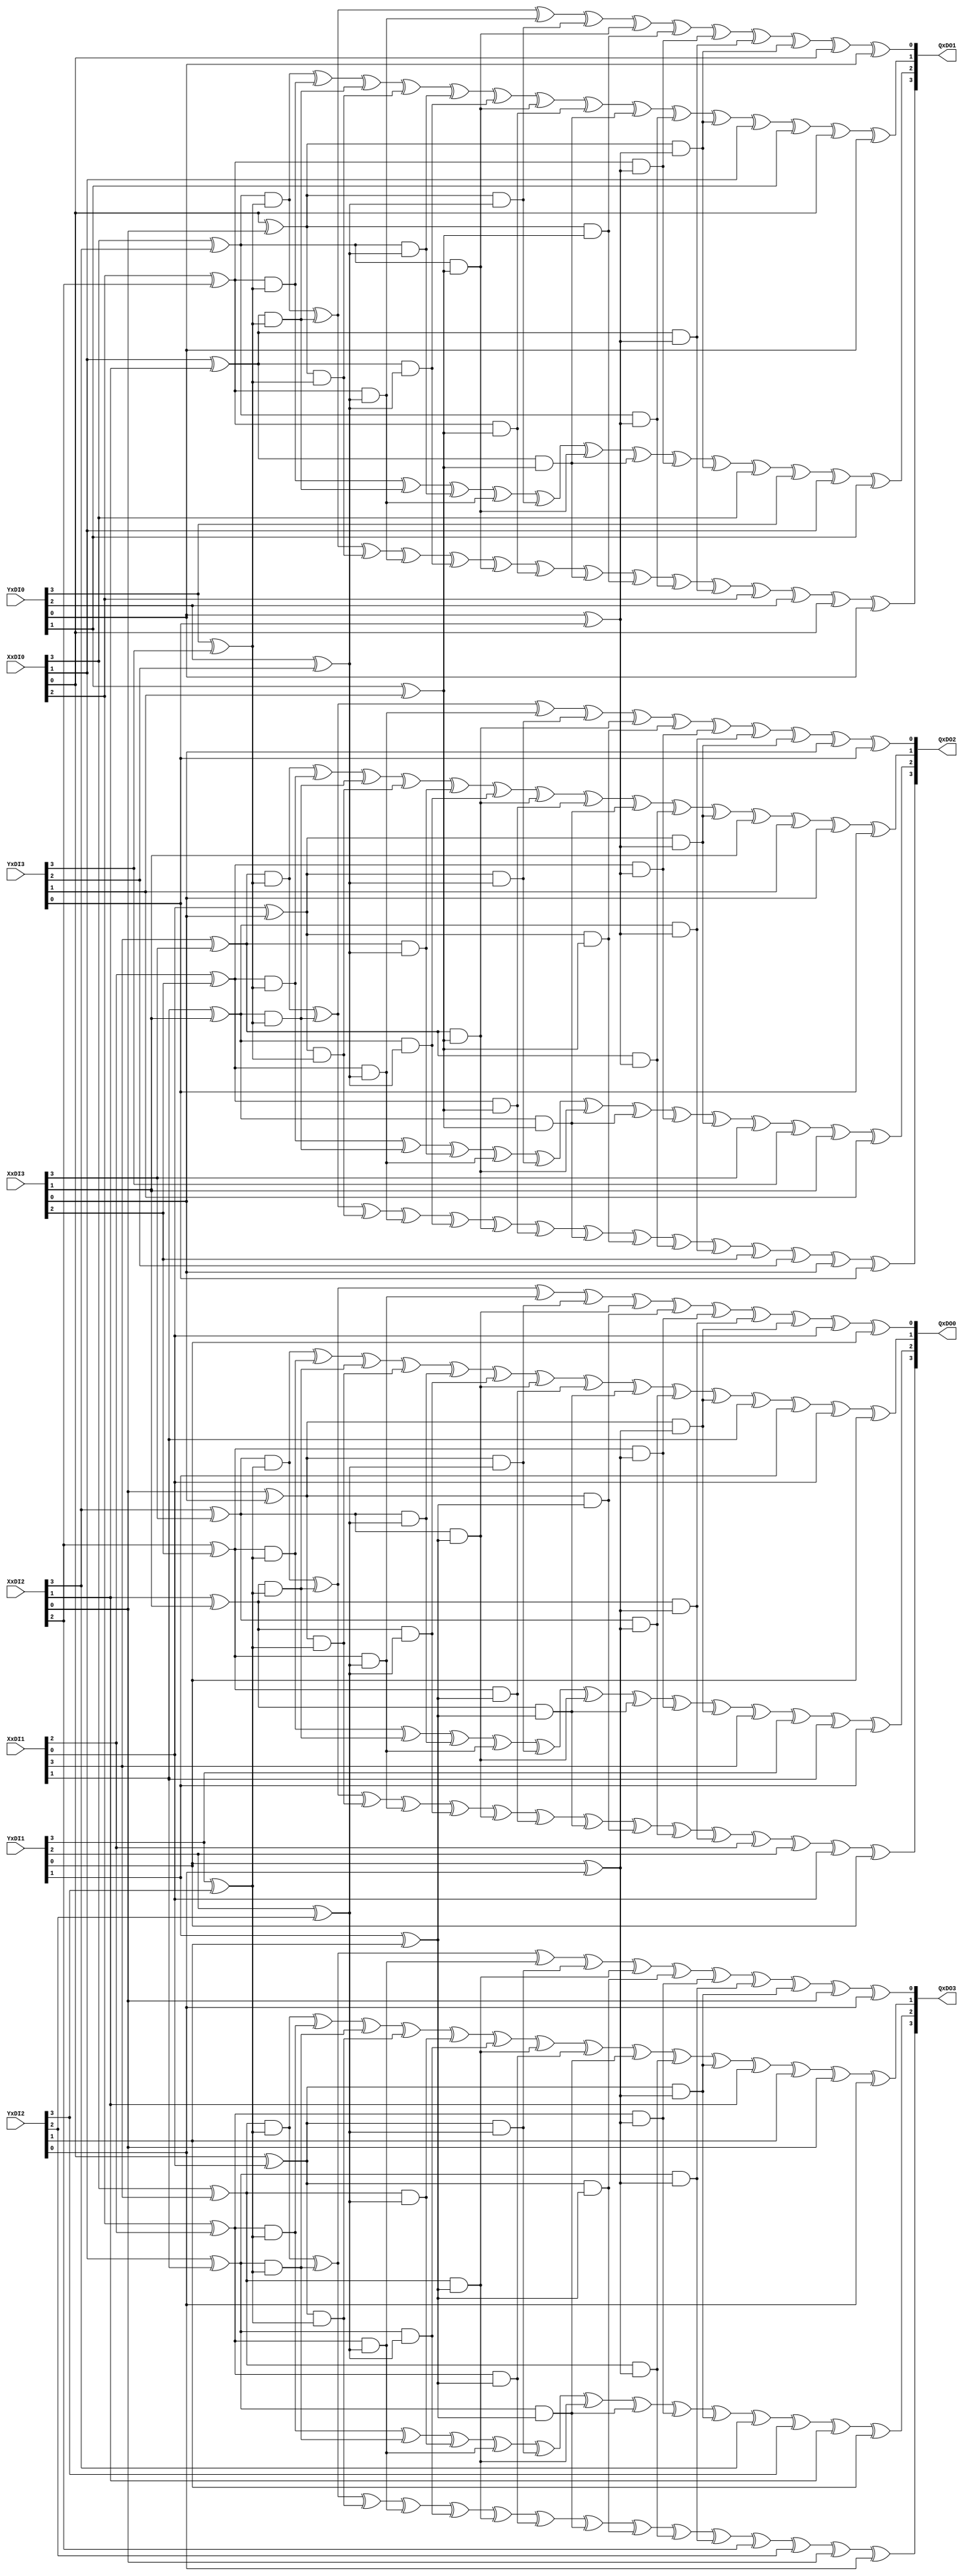
`timescale 1ns / 1ps
//////////////////////////////////////////////////////////////////////////////////
// Company: 
// Engineer: 
// 
// Design Name: 
// Module Name:    muls 
// Project Name: 
// Target Devices: 
// Tool versions: 
// Description: 
//
// Dependencies: 
//
// Revision: 
// Revision 0.01 - File Created
// Additional Comments: 
//
//////////////////////////////////////////////////////////////////////////////////
//share the gf2^4 multiplier with operations in gf2 using 4 input shares
module muls(
   input [3:0]  XxDI0,
	input [3:0]  XxDI1,
	input [3:0]  XxDI2,
	input [3:0]  XxDI3,
   input [3:0]  YxDI0,
   input [3:0]  YxDI1,
	input [3:0]  YxDI2,
	input [3:0]  YxDI3,
   output [3:0] QxDO0,
   output [3:0] QxDO1,
	output [3:0] QxDO2,
	output [3:0] QxDO3
 );  
	
	assign QxDO0[3]=((XxDI2[3]^XxDI3[3])&(YxDI1[3]^YxDI2[3]))^((XxDI2[1]^XxDI3[1])&(YxDI1[3]^YxDI2[3]))^((XxDI2[0]^XxDI3[0])&(YxDI1[3]^YxDI2[3]))
	^((XxDI2[2]^XxDI3[2])&(YxDI1[2]^YxDI2[2]))^((XxDI2[1]^XxDI3[1])&(YxDI1[2]^YxDI2[2]))^((XxDI2[3]^XxDI3[3])&(YxDI1[1]^YxDI2[1]))
	^((XxDI2[2]^XxDI3[2])&(YxDI1[1]^YxDI2[1]))^((XxDI2[1]^XxDI3[1])&(YxDI1[1]^YxDI2[1]))^((XxDI2[0]^XxDI3[0])&(YxDI1[1]^YxDI2[1]))
	^((XxDI2[3]^XxDI3[3])&(YxDI1[0]^YxDI2[0]))^((XxDI2[1]^XxDI3[1])&(YxDI1[0]^YxDI2[0]))^XxDI1[2]^YxDI1[2]^XxDI1[0]^YxDI1[0];
	assign QxDO0[2]=((XxDI2[2]^XxDI3[2])&(YxDI1[3]^YxDI2[3]))^((XxDI2[1]^XxDI3[1])&(YxDI1[3]^YxDI2[3]))^((XxDI2[3]^XxDI3[3])&(YxDI1[2]^YxDI2[2]))
	^((XxDI2[2]^XxDI3[2])&(YxDI1[2]^YxDI2[2]))^((XxDI2[0]^XxDI3[0])&(YxDI1[2]^YxDI2[2]))^((XxDI2[3]^XxDI3[3])&(YxDI1[1]^YxDI2[1]))
	^((XxDI2[1]^XxDI3[1])&(YxDI1[1]^YxDI2[1]))^((XxDI2[2]^XxDI3[2])&(YxDI1[0]^YxDI2[0]))^((XxDI2[0]^XxDI3[0])&(YxDI1[0]^YxDI2[0]))^XxDI1[3]^YxDI1[3]
	^XxDI1[1]^YxDI1[1];
	assign QxDO0[1]=((XxDI2[3]^XxDI3[3])&(YxDI1[3]^YxDI2[3]))^((XxDI2[2]^XxDI3[2])&(YxDI1[3]^YxDI2[3]))^((XxDI2[1]^XxDI3[1])&(YxDI1[3]^YxDI2[3]))
	^((XxDI2[0]^XxDI3[0])&(YxDI1[3]^YxDI2[3]))^((XxDI2[3]^XxDI3[3])&(YxDI1[2]^YxDI2[2]))^((XxDI2[1]^XxDI3[1])&(YxDI1[2]^YxDI2[2]))
	^((XxDI2[3]^XxDI3[3])&(YxDI1[1]^YxDI2[1]))^((XxDI2[2]^XxDI3[2])&(YxDI1[1]^YxDI2[1]))^((XxDI2[1]^XxDI3[1])&(YxDI1[1]^YxDI2[1]))
	^((XxDI2[3]^XxDI3[3])&(YxDI1[0]^YxDI2[0]))^((XxDI2[0]^XxDI3[0])&(YxDI1[0]^YxDI2[0]))^XxDI1[1]^YxDI1[1]^XxDI1[0]^YxDI1[0];
	assign QxDO0[0]=((XxDI2[3]^XxDI3[3])&(YxDI1[3]^YxDI2[3]))^((XxDI2[1]^XxDI3[1])&(YxDI1[3]^YxDI2[3]))^((XxDI2[2]^XxDI3[2])&(YxDI1[2]^YxDI2[2]))
	^((XxDI2[0]^XxDI3[0])&(YxDI1[2]^YxDI2[2]))^((XxDI2[3]^XxDI3[3])&(YxDI1[1]^YxDI2[1]))^((XxDI2[0]^XxDI3[0])&(YxDI1[1]^YxDI2[1]))
	^((XxDI2[2]^XxDI3[2])&(YxDI1[0]^YxDI2[0]))^((XxDI2[1]^XxDI3[1])&(YxDI1[0]^YxDI2[0]))^((XxDI2[0]^XxDI3[0])&(YxDI1[0]^YxDI2[0]))^XxDI1[0]^YxDI1[0];

	assign QxDO1[3]=((XxDI0[3]^XxDI2[3])&(YxDI0[3]^YxDI3[3]))^((XxDI0[1]^XxDI2[1])&(YxDI0[3]^YxDI3[3]))^((XxDI0[0]^XxDI2[0])&(YxDI0[3]^YxDI3[3]))
	^((XxDI0[2]^XxDI2[2])&(YxDI0[2]^YxDI3[2]))^((XxDI0[1]^XxDI2[1])&(YxDI0[2]^YxDI3[2]))^((XxDI0[3]^XxDI2[3])&(YxDI0[1]^YxDI3[1]))
	^((XxDI0[2]^XxDI2[2])&(YxDI0[1]^YxDI3[1]))^((XxDI0[1]^XxDI2[1])&(YxDI0[1]^YxDI3[1]))^((XxDI0[0]^XxDI2[0])&(YxDI0[1]^YxDI3[1]))
	^((XxDI0[3]^XxDI2[3])&(YxDI0[0]^YxDI3[0]))^((XxDI0[1]^XxDI2[1])&(YxDI0[0]^YxDI3[0]))^XxDI0[2]^YxDI0[2]^XxDI0[0]^YxDI0[0];
	assign QxDO1[2]=((XxDI0[2]^XxDI2[2])&(YxDI0[3]^YxDI3[3]))^((XxDI0[1]^XxDI2[1])&(YxDI0[3]^YxDI3[3]))^((XxDI0[3]^XxDI2[3])&(YxDI0[2]^YxDI3[2]))
	^((XxDI0[2]^XxDI2[2])&(YxDI0[2]^YxDI3[2]))^((XxDI0[0]^XxDI2[0])&(YxDI0[2]^YxDI3[2]))^((XxDI0[3]^XxDI2[3])&(YxDI0[1]^YxDI3[1]))
	^((XxDI0[1]^XxDI2[1])&(YxDI0[1]^YxDI3[1]))^((XxDI0[2]^XxDI2[2])&(YxDI0[0]^YxDI3[0]))^((XxDI0[0]^XxDI2[0])&(YxDI0[0]^YxDI3[0]))^XxDI0[3]^YxDI0[3]
	^XxDI0[1]^YxDI0[1];
	assign QxDO1[1]=((XxDI0[3]^XxDI2[3])&(YxDI0[3]^YxDI3[3]))^((XxDI0[2]^XxDI2[2])&(YxDI0[3]^YxDI3[3]))^((XxDI0[1]^XxDI2[1])&(YxDI0[3]^YxDI3[3]))
	^((XxDI0[0]^XxDI2[0])&(YxDI0[3]^YxDI3[3]))^((XxDI0[3]^XxDI2[3])&(YxDI0[2]^YxDI3[2]))^((XxDI0[1]^XxDI2[1])&(YxDI0[2]^YxDI3[2]))
	^((XxDI0[3]^XxDI2[3])&(YxDI0[1]^YxDI3[1]))^((XxDI0[2]^XxDI2[2])&(YxDI0[1]^YxDI3[1]))^((XxDI0[1]^XxDI2[1])&(YxDI0[1]^YxDI3[1]))
	^((XxDI0[3]^XxDI2[3])&(YxDI0[0]^YxDI3[0]))^((XxDI0[0]^XxDI2[0])&(YxDI0[0]^YxDI3[0]))^XxDI0[1]^YxDI0[1]^XxDI0[0]^YxDI0[0];
	assign QxDO1[0]=((XxDI0[3]^XxDI2[3])&(YxDI0[3]^YxDI3[3]))^((XxDI0[1]^XxDI2[1])&(YxDI0[3]^YxDI3[3]))^((XxDI0[2]^XxDI2[2])&(YxDI0[2]^YxDI3[2]))
	^((XxDI0[0]^XxDI2[0])&(YxDI0[2]^YxDI3[2]))^((XxDI0[3]^XxDI2[3])&(YxDI0[1]^YxDI3[1]))^((XxDI0[0]^XxDI2[0])&(YxDI0[1]^YxDI3[1]))
	^((XxDI0[2]^XxDI2[2])&(YxDI0[0]^YxDI3[0]))^((XxDI0[1]^XxDI2[1])&(YxDI0[0]^YxDI3[0]))^((XxDI0[0]^XxDI2[0])&(YxDI0[0]^YxDI3[0]))^XxDI0[0]^YxDI0[0];

	assign QxDO2[3]=((XxDI1[3]^XxDI3[3])&(YxDI0[3]^YxDI3[3]))^((XxDI1[1]^XxDI3[1])&(YxDI0[3]^YxDI3[3]))^((XxDI1[0]^XxDI3[0])&(YxDI0[3]^YxDI3[3]))
	^((XxDI1[2]^XxDI3[2])&(YxDI0[2]^YxDI3[2]))^((XxDI1[1]^XxDI3[1])&(YxDI0[2]^YxDI3[2]))^((XxDI1[3]^XxDI3[3])&(YxDI0[1]^YxDI3[1]))
	^((XxDI1[2]^XxDI3[2])&(YxDI0[1]^YxDI3[1]))^((XxDI1[1]^XxDI3[1])&(YxDI0[1]^YxDI3[1]))^((XxDI1[0]^XxDI3[0])&(YxDI0[1]^YxDI3[1]))
	^((XxDI1[3]^XxDI3[3])&(YxDI0[0]^YxDI3[0]))^((XxDI1[1]^XxDI3[1])&(YxDI0[0]^YxDI3[0]))^XxDI3[2]^YxDI3[2]^XxDI3[0]^YxDI3[0];
	assign QxDO2[2]=((XxDI1[2]^XxDI3[2])&(YxDI0[3]^YxDI3[3]))^((XxDI1[1]^XxDI3[1])&(YxDI0[3]^YxDI3[3]))^((XxDI1[3]^XxDI3[3])&(YxDI0[2]^YxDI3[2]))
	^((XxDI1[2]^XxDI3[2])&(YxDI0[2]^YxDI3[2]))^((XxDI1[0]^XxDI3[0])&(YxDI0[2]^YxDI3[2]))^((XxDI1[3]^XxDI3[3])&(YxDI0[1]^YxDI3[1]))
	^((XxDI1[1]^XxDI3[1])&(YxDI0[1]^YxDI3[1]))^((XxDI1[2]^XxDI3[2])&(YxDI0[0]^YxDI3[0]))^((XxDI1[0]^XxDI3[0])&(YxDI0[0]^YxDI3[0]))^XxDI3[3]^YxDI3[3]
	^XxDI3[1]^YxDI3[1];
	assign QxDO2[1]=((XxDI1[3]^XxDI3[3])&(YxDI0[3]^YxDI3[3]))^((XxDI1[2]^XxDI3[2])&(YxDI0[3]^YxDI3[3]))^((XxDI1[1]^XxDI3[1])&(YxDI0[3]^YxDI3[3]))
	^((XxDI1[0]^XxDI3[0])&(YxDI0[3]^YxDI3[3]))^((XxDI1[3]^XxDI3[3])&(YxDI0[2]^YxDI3[2]))^((XxDI1[1]^XxDI3[1])&(YxDI0[2]^YxDI3[2]))
	^((XxDI1[3]^XxDI3[3])&(YxDI0[1]^YxDI3[1]))^((XxDI1[2]^XxDI3[2])&(YxDI0[1]^YxDI3[1]))^((XxDI1[1]^XxDI3[1])&(YxDI0[1]^YxDI3[1]))
	^((XxDI1[3]^XxDI3[3])&(YxDI0[0]^YxDI3[0]))^((XxDI1[0]^XxDI3[0])&(YxDI0[0]^YxDI3[0]))^XxDI3[1]^YxDI3[1]^XxDI3[0]^YxDI3[0];
	assign QxDO2[0]=((XxDI1[3]^XxDI3[3])&(YxDI0[3]^YxDI3[3]))^((XxDI1[1]^XxDI3[1])&(YxDI0[3]^YxDI3[3]))^((XxDI1[2]^XxDI3[2])&(YxDI0[2]^YxDI3[2]))
	^((XxDI1[0]^XxDI3[0])&(YxDI0[2]^YxDI3[2]))^((XxDI1[3]^XxDI3[3])&(YxDI0[1]^YxDI3[1]))^((XxDI1[0]^XxDI3[0])&(YxDI0[1]^YxDI3[1]))
	^((XxDI1[2]^XxDI3[2])&(YxDI0[0]^YxDI3[0]))^((XxDI1[1]^XxDI3[1])&(YxDI0[0]^YxDI3[0]))^((XxDI1[0]^XxDI3[0])&(YxDI0[0]^YxDI3[0]))^XxDI3[0]^YxDI3[0];

	assign QxDO3[3]=((XxDI0[3]^XxDI1[3])&(YxDI1[3]^YxDI2[3]))^((XxDI0[1]^XxDI1[1])&(YxDI1[3]^YxDI2[3]))^((XxDI0[0]^XxDI1[0])&(YxDI1[3]^YxDI2[3]))
	^((XxDI0[2]^XxDI1[2])&(YxDI1[2]^YxDI2[2]))^((XxDI0[1]^XxDI1[1])&(YxDI1[2]^YxDI2[2]))^((XxDI0[3]^XxDI1[3])&(YxDI1[1]^YxDI2[1]))
	^((XxDI0[2]^XxDI1[2])&(YxDI1[1]^YxDI2[1]))^((XxDI0[1]^XxDI1[1])&(YxDI1[1]^YxDI2[1]))^((XxDI0[0]^XxDI1[0])&(YxDI1[1]^YxDI2[1]))
	^((XxDI0[3]^XxDI1[3])&(YxDI1[0]^YxDI2[0]))^((XxDI0[1]^XxDI1[1])&(YxDI1[0]^YxDI2[0]))^XxDI2[2]^YxDI2[2]^XxDI2[0]^YxDI2[0];
	assign QxDO3[2]=((XxDI0[2]^XxDI1[2])&(YxDI1[3]^YxDI2[3]))^((XxDI0[1]^XxDI1[1])&(YxDI1[3]^YxDI2[3]))^((XxDI0[3]^XxDI1[3])&(YxDI1[2]^YxDI2[2]))
	^((XxDI0[2]^XxDI1[2])&(YxDI1[2]^YxDI2[2]))^((XxDI0[0]^XxDI1[0])&(YxDI1[2]^YxDI2[2]))^((XxDI0[3]^XxDI1[3])&(YxDI1[1]^YxDI2[1]))
	^((XxDI0[1]^XxDI1[1])&(YxDI1[1]^YxDI2[1]))^((XxDI0[2]^XxDI1[2])&(YxDI1[0]^YxDI2[0]))^((XxDI0[0]^XxDI1[0])&(YxDI1[0]^YxDI2[0]))^XxDI2[3]^YxDI2[3]
	^XxDI2[1]^YxDI2[1];
	assign QxDO3[1]=((XxDI0[3]^XxDI1[3])&(YxDI1[3]^YxDI2[3]))^((XxDI0[2]^XxDI1[2])&(YxDI1[3]^YxDI2[3]))^((XxDI0[1]^XxDI1[1])&(YxDI1[3]^YxDI2[3]))
	^((XxDI0[0]^XxDI1[0])&(YxDI1[3]^YxDI2[3]))^((XxDI0[3]^XxDI1[3])&(YxDI1[2]^YxDI2[2]))^((XxDI0[1]^XxDI1[1])&(YxDI1[2]^YxDI2[2]))
	^((XxDI0[3]^XxDI1[3])&(YxDI1[1]^YxDI2[1]))^((XxDI0[2]^XxDI1[2])&(YxDI1[1]^YxDI2[1]))^((XxDI0[1]^XxDI1[1])&(YxDI1[1]^YxDI2[1]))
	^((XxDI0[3]^XxDI1[3])&(YxDI1[0]^YxDI2[0]))^((XxDI0[0]^XxDI1[0])&(YxDI1[0]^YxDI2[0]))^XxDI2[1]^YxDI2[1]^XxDI2[0]^YxDI2[0];
	assign QxDO3[0]=((XxDI0[3]^XxDI1[3])&(YxDI1[3]^YxDI2[3]))^((XxDI0[1]^XxDI1[1])&(YxDI1[3]^YxDI2[3]))^((XxDI0[2]^XxDI1[2])&(YxDI1[2]^YxDI2[2]))
	^((XxDI0[0]^XxDI1[0])&(YxDI1[2]^YxDI2[2]))^((XxDI0[3]^XxDI1[3])&(YxDI1[1]^YxDI2[1]))^((XxDI0[0]^XxDI1[0])&(YxDI1[1]^YxDI2[1]))
	^((XxDI0[2]^XxDI1[2])&(YxDI1[0]^YxDI2[0]))^((XxDI0[1]^XxDI1[1])&(YxDI1[0]^YxDI2[0]))^((XxDI0[0]^XxDI1[0])&(YxDI1[0]^YxDI2[0]))^XxDI2[0]^YxDI2[0];

endmodule